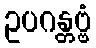
ဥပဂန္တဗ္ဗံ